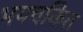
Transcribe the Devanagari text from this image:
भयचकित